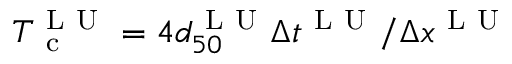
T _ { \mathrm { ~ c ~ } } ^ { \mathrm { ~ L ~ U ~ } } = 4 d _ { 5 0 } ^ { \mathrm { ~ L ~ U ~ } } \Delta t ^ { \mathrm { ~ L ~ U ~ } } / \Delta x ^ { \mathrm { ~ L ~ U ~ } }